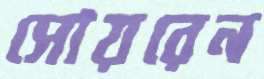
সোয়রেন